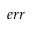
e r r